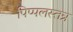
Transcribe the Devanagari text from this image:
पिप्पलस्तत्र